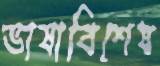
ভাষাবিশেষ